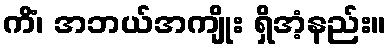
ကိံ၊ အဘယ်အကျိုး ရှိအံ့နည်း။